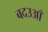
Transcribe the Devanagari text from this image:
बदउआँ